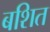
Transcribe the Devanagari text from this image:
बशित